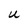
Character: u